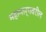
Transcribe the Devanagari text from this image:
महामार्गवरील